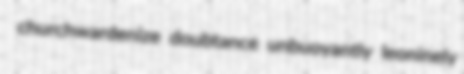
churchwardenize doubtance unbuoyantly leoninely